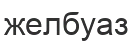
желбуаз